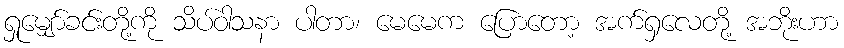
ရှုမျှော်ခင်းတို့ကို သိပ်ဝါသနာ ပါတာ၊ မေမေက ပြောတော့ အက်ရှလေတို့ အဘိုးဟာ